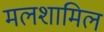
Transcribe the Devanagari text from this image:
मलशामिल